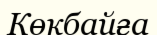
Көкбайға